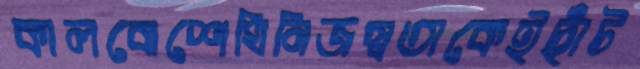
কালবোশেখিনিজস্বতাকেইছাঁট